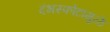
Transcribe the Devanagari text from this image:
दंभस्फोटामुळे